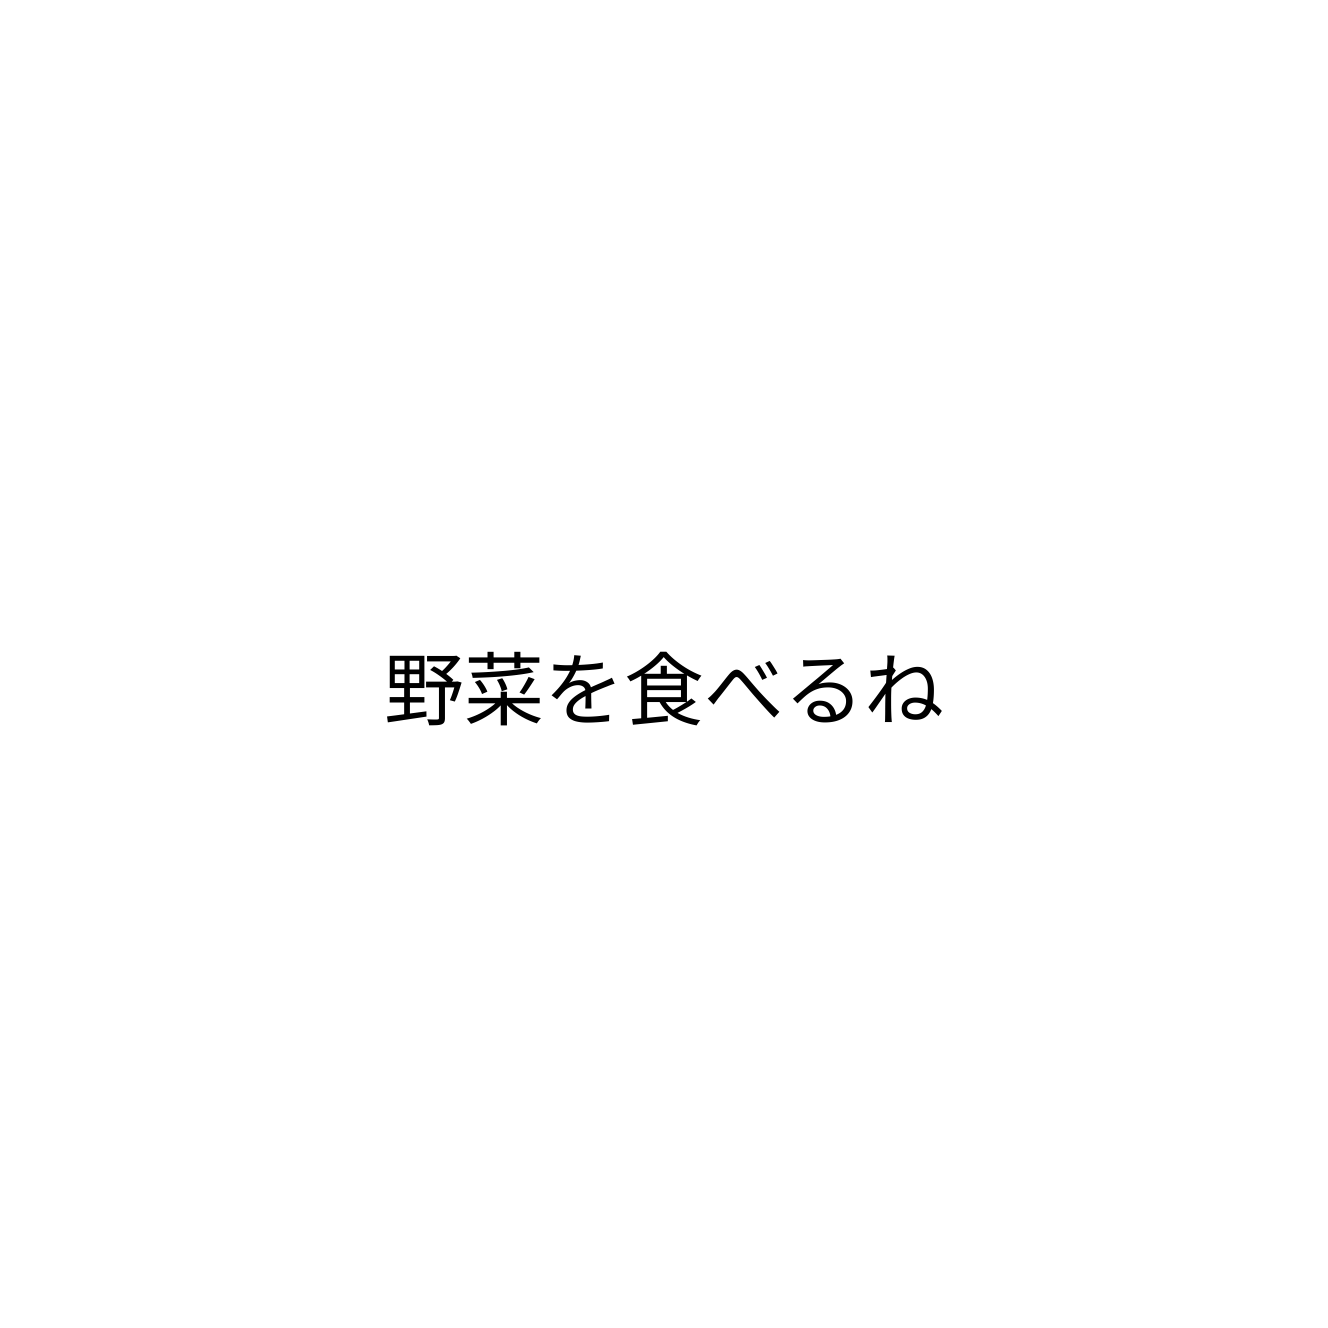
野菜を食べるね